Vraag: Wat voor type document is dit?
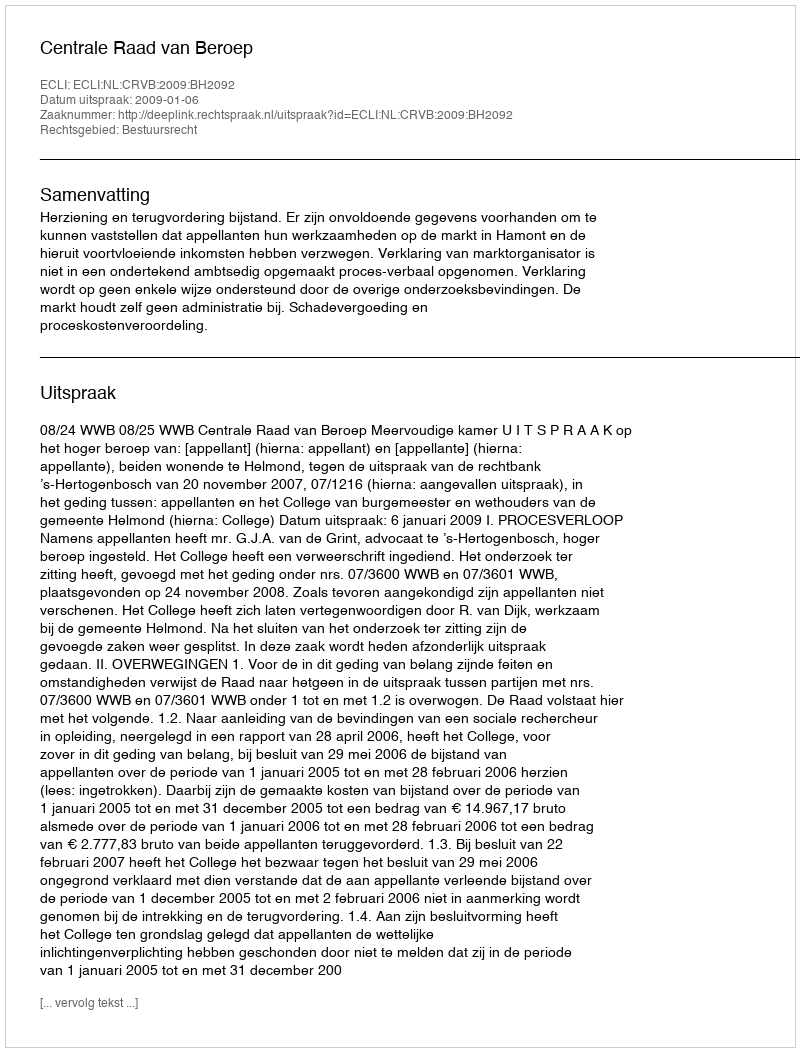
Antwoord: Uitspraak